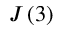
J \left( 3 \right)